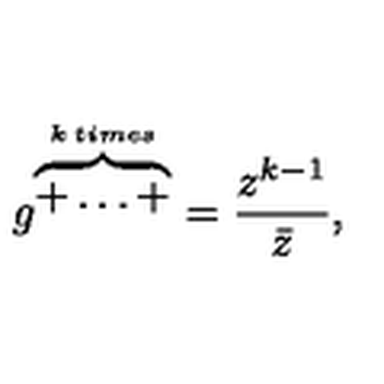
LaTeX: g ^ { \overbrace { + \ldots + } ^ { k \: t i m e s } } = \frac { z ^ { k - 1 } } { \bar { z } } ,